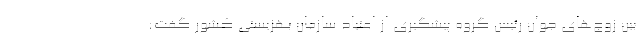
بین زوج‌های جوان رئیس گروه پیشگیری از اعتیاد سازمان بهزیستی کشور گفت: